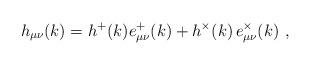
LaTeX: \begin{align*}h_{\mu \nu }(k)=h^{+}(k)e_{\mu \nu }^{+}(k)+h^{\times }(k)\,e_{\mu \nu}^{\times }(k)\ , \end{align*}